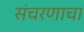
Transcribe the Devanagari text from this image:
संचरणाचा